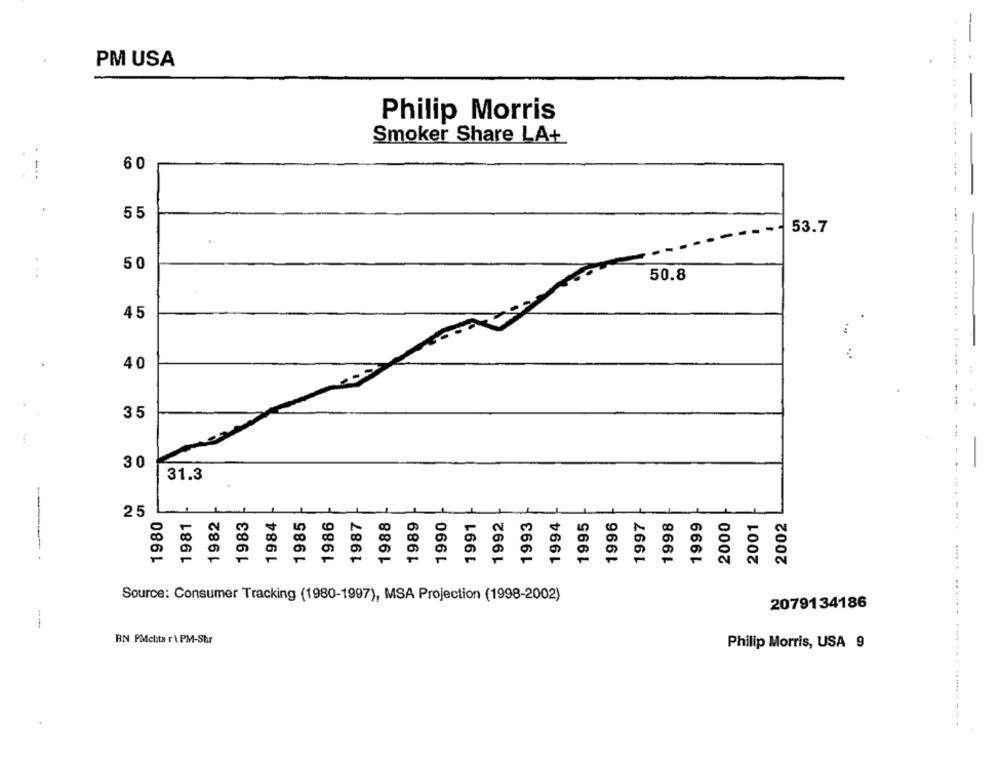
-
- -
PM USA
Philip Morris
--- .
Smoker Share LA+
60
55
53.7
50
50.8
45
...
40
35
.. .
30
31.3
25
1980
1981
1982
1983
1984
1985
1986
1987
1988
1989
1990
1991
1992
1993
1994
1995
1996
1997
1998
1999
2000
2001
2002
00
--
Source: Consumer Tracking (1980-1997), MSA Projection (1998-2002)
2079134186
BN PMdebts r\ PM-Shr
Philip Morris, USA 9